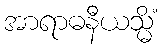
အာရာဓနီယသ္မိံ